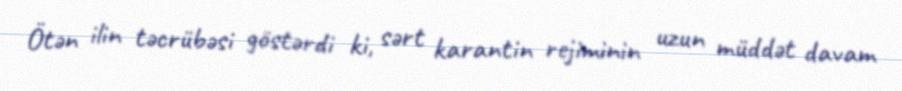
Ötən ilin təcrübəsi göstərdi ki, sərt karantin rejiminin uzun müddət davam